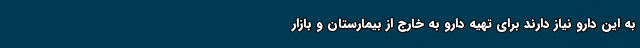
به این دارو نیاز دارند برای تهیه دارو به خارج از بیمارستان و بازار